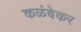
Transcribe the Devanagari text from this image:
कळंबेकर